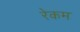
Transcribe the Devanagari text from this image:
रेकम